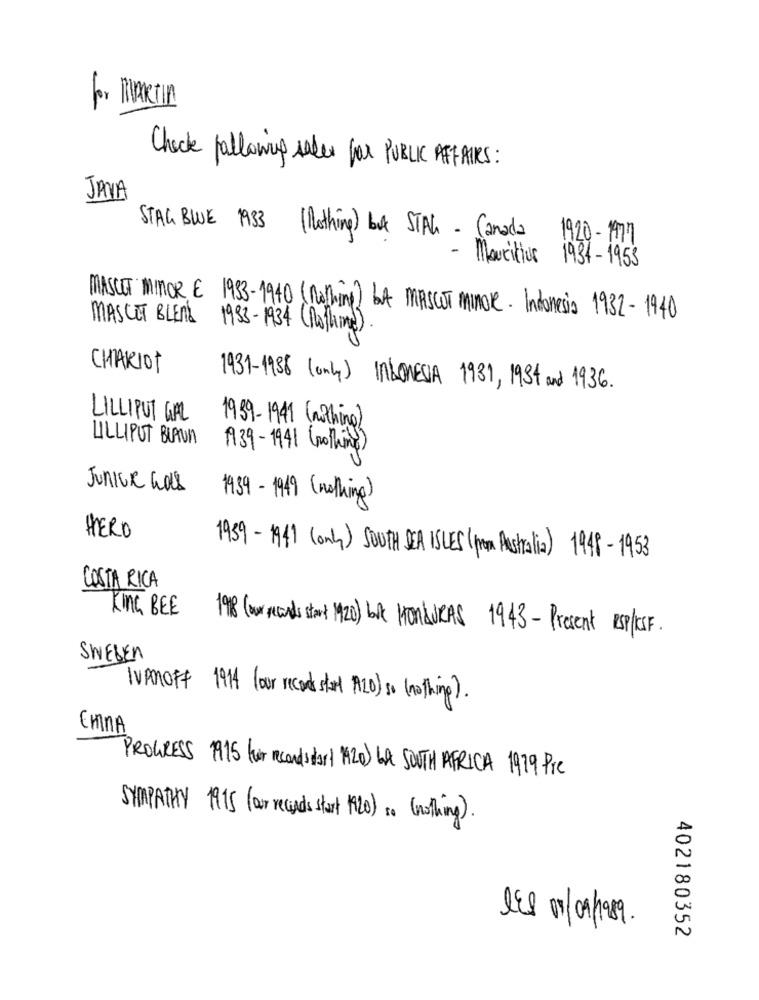
for MARTIN
Check following saler for PUBLIC AFFAIRS:
JAVA
STAG BLUE 1933 (Nothing) but STAL - Canada
1920-177
- Mauritius
1934- 1953
MASCET MINOR E 1983-1940 (nothing) bu MASCOT Minore- Indonesia 1932- 1940
MASCOT BLEAK
1933-1934 (Nothing)
CHARIOT
1931-1938 (only) INDONESIA 1931, 1934 and 1936.
LILLIPUT GAL
1939-1941 (nothing)
LILLIPUT BLAUN
1939-1941 (nothing)
Junior was
1939- 1949 (nothing)
HERO
1939-1941 (only) SOUTH SEA ISLES (from Australia) 1948-1953
COSTA RICA
KING BEE
198(orcadstart MZD) LA HOMLURAS 1943- Present RISPOSE.
SWEDEN
TVARoff
1914 (our recordsthat ALD ) so (nothing ).
EmNA
PROGRESS 1915 fur recandidat $20) 6A SOUTH AFRICA 1979 Pic
SYMPATHY 1915 (or records start 1920) so (nothing).
402180352